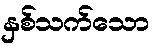
နှစ်သက်သော